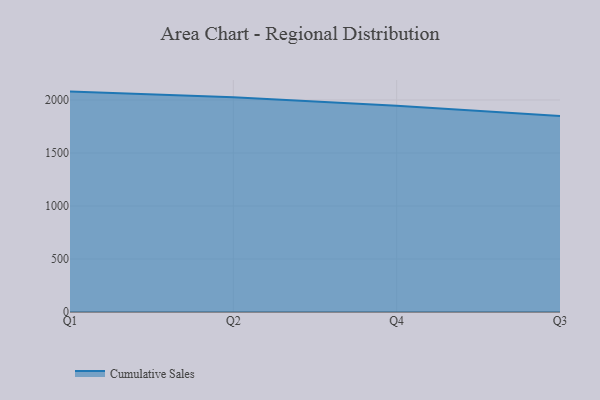
{"axis": {"x": "Quarter", "y": "Humidity (%)"}, "legend": ["Cumulative Sales"], "data": [{"x": "Q1", "y": 2079.0, "type": "Cumulative Sales"}, {"x": "Q2", "y": 2025.6, "type": "Cumulative Sales"}, {"x": "Q4", "y": 1944.9, "type": "Cumulative Sales"}, {"x": "Q3", "y": 1848.7, "type": "Cumulative Sales"}]}